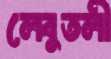
লেবুতলী